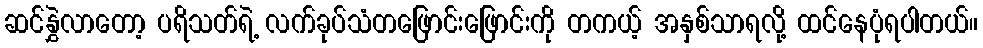
ဆင်နွှဲလာတော့ ပရိသတ်ရဲ့ လက်ခုပ်သံတဖြောင်းဖြောင်းကို တကယ့် အနှစ်သာရလို့ ထင်နေပုံရပါတယ်။